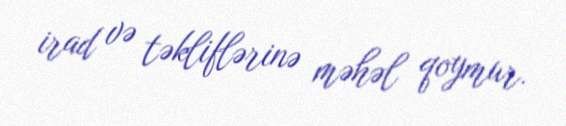
irad və təkliflərinə məhəl qoymur.